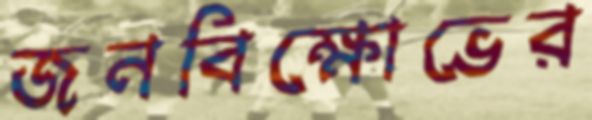
জনবিক্ষোভের